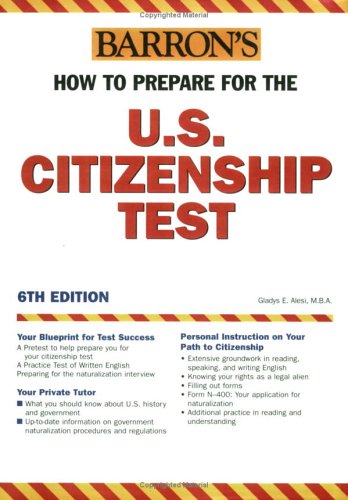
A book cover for How to Prepare for the U.S. Citizenship Test (Barron's United States Citizenship Test); Gladys Alesi MBA; Test Preparation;